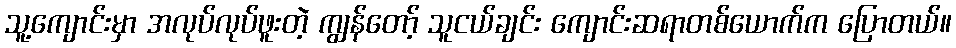
သူ့ကျောင်းမှာ အလုပ်လုပ်ဖူးတဲ့ ကျွန်တော့် သူငယ်ချင်း ကျောင်းဆရာတစ်ယောက်က ပြောတယ်။